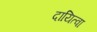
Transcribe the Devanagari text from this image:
दायित्वा